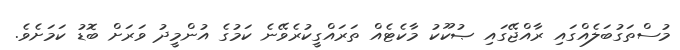
މުސްތަގުބަލެއްގައި ރާއްޖޭގައި ޞުކޫކު މާކެޓެއް ތަރައްގީކުރެވޭނެ ކަމުގެ އުންމީދު ވަަރަށް ބޮޑު ކަމަށެވެ.